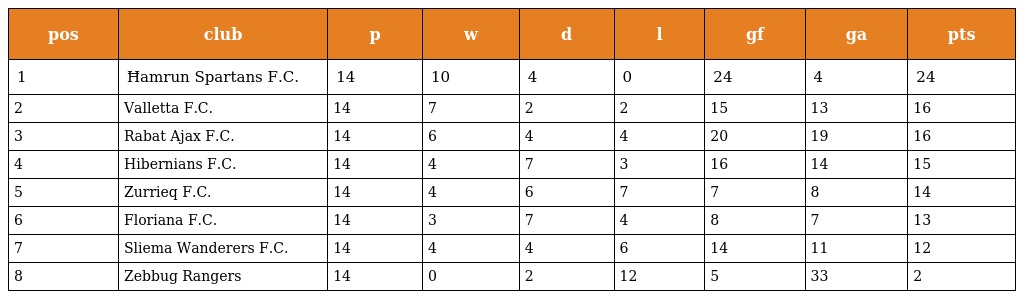
| pos | club | p | w | d | l | gf | ga | pts |
 | --- | --- | --- | --- | --- | --- | --- | --- | --- |
 | 1 | Ħamrun Spartans F.C. | 14 | 10 | 4 | 0 | 24 | 4 | 24 |
 | 2 | Valletta F.C. | 14 | 7 | 2 | 2 | 15 | 13 | 16 |
 | 3 | Rabat Ajax F.C. | 14 | 6 | 4 | 4 | 20 | 19 | 16 |
 | 4 | Hibernians F.C. | 14 | 4 | 7 | 3 | 16 | 14 | 15 |
 | 5 | Zurrieq F.C. | 14 | 4 | 6 | 7 | 7 | 8 | 14 |
 | 6 | Floriana F.C. | 14 | 3 | 7 | 4 | 8 | 7 | 13 |
 | 7 | Sliema Wanderers F.C. | 14 | 4 | 4 | 6 | 14 | 11 | 12 |
 | 8 | Zebbug Rangers | 14 | 0 | 2 | 12 | 5 | 33 | 2 |